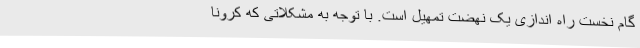
گام نخست راه اندازی یک نهضت تمهیل است. با توجه به مشکلاتی که کرونا